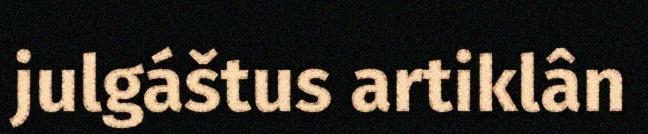
julgáštus artiklân